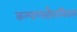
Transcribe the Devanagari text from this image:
कल्याणसौगन्धिकम्